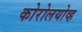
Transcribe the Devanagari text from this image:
कोरोलयोव्ह